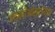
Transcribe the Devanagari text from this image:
डंक्लीओस्टीयस